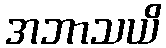
အဘာသယိ